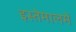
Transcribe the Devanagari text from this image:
इस्तेमालमें